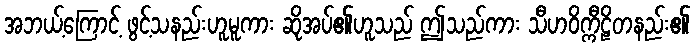
အဘယ့်ကြောင့် ဖွင့်သနည်းဟူမူကား ဆိုအပ်၏ဟူသည် ဤသည်ကား သီဟဝိက္ကီဠိတနည်း၏